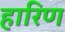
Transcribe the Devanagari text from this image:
हारिण